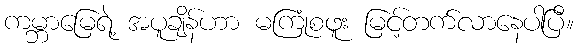
ကမ္ဘာမြေရဲ့ အပူချိန်ဟာ မကြုံစဖူး မြင့်တက်လာနေပါပြီ။